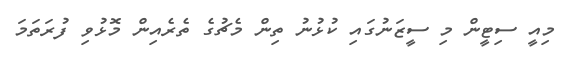
މިއީ ސިޓީން މި ސީޒަނުގައި ކުޅުނު ތިން މެޗުގެ ތެރެއިން މޮޅުވި ފުރަތަމަ